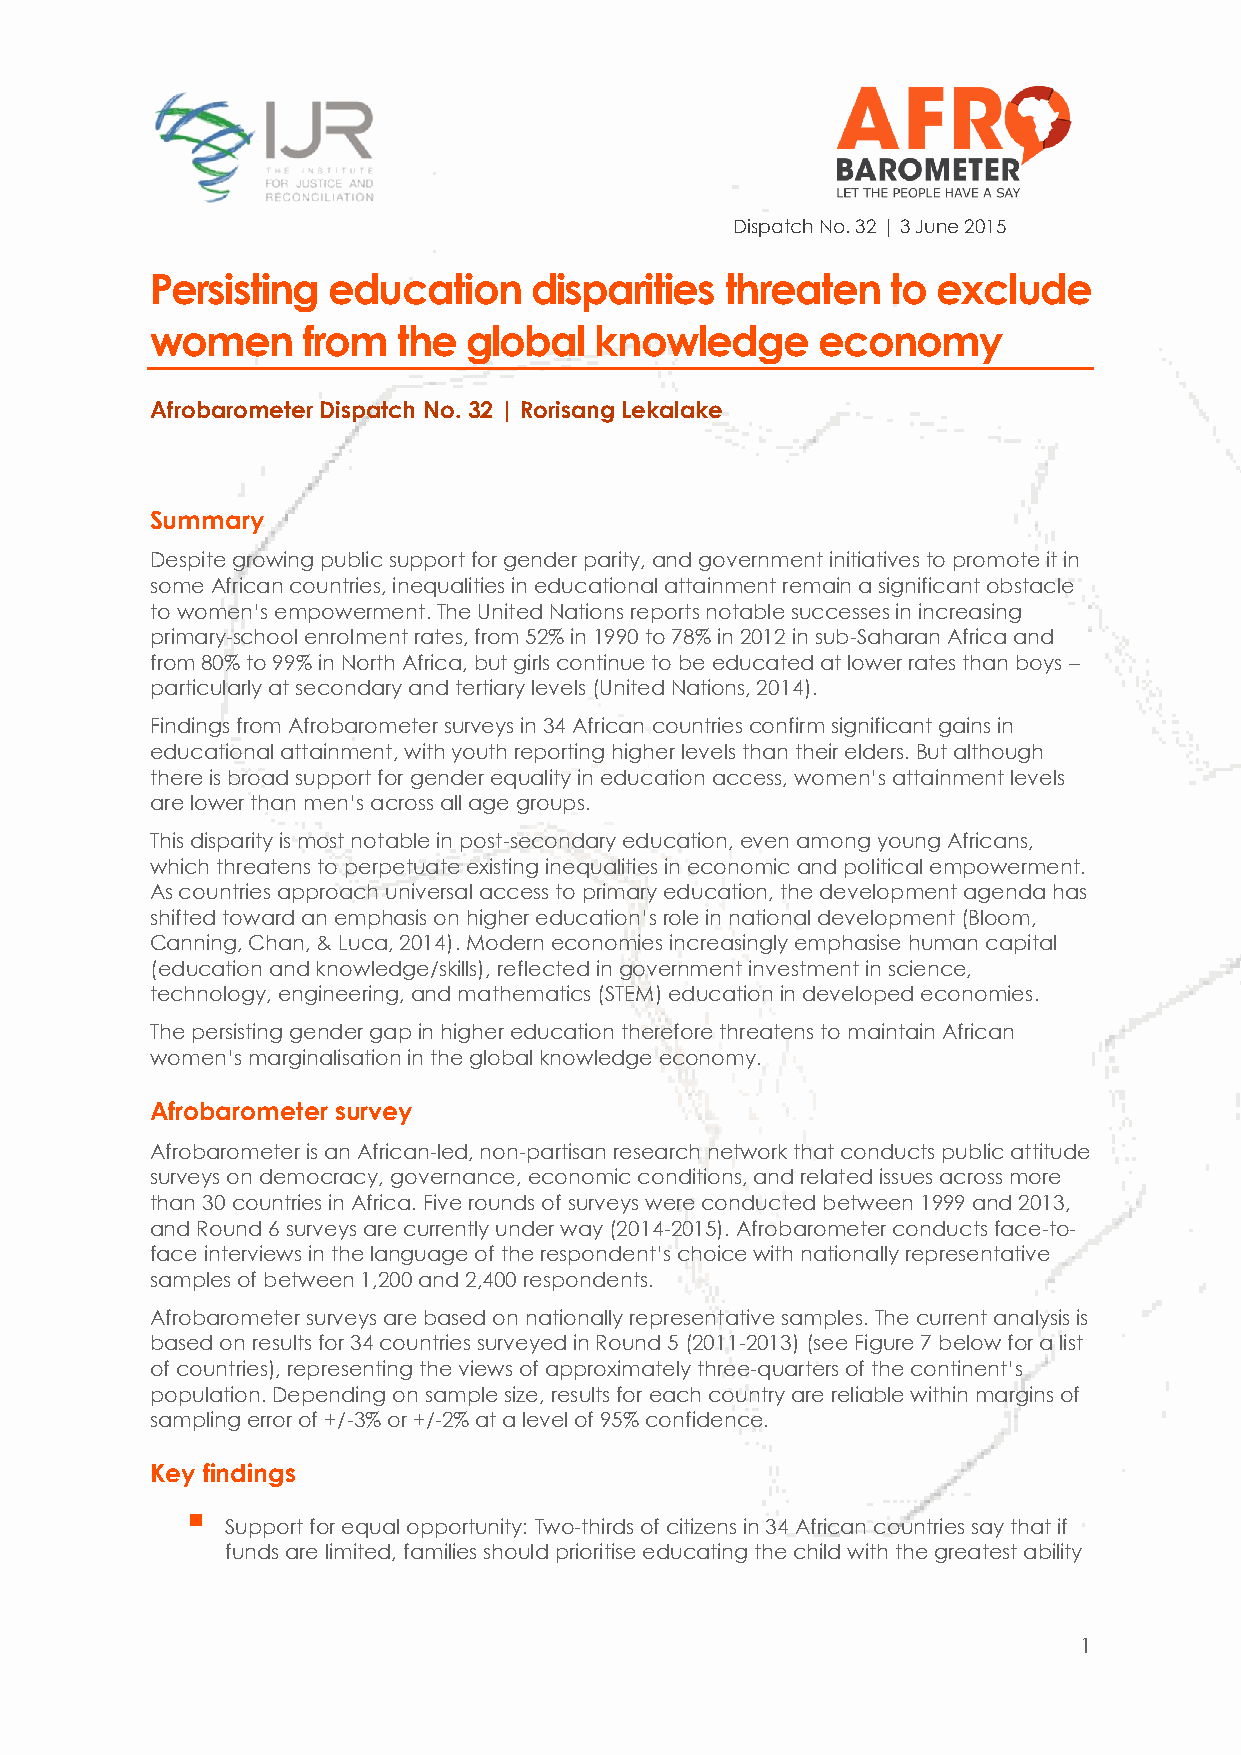
Dispatch No. 32 | 3 June 2015
 Persisting  education    disparities  threaten   to exclude
 women     from  the  global  knowledge      economy
 Afrobarometer Dispatch No. 32 | Rorisang Lekalake
 Summary
 Despite growing public support for gender parity, and government initiatives to promote it in
 some African countries, inequalities in educational attainment remain a significant obstacle
 to women’s empowerment. The United Nations reports notable successes in increasing
 primary-school enrolment rates, from 52% in 1990 to 78% in 2012 in sub-Saharan Africa and
 from 80% to 99% in North Africa, but girls continue to be educated at lower rates than boys –
 particularly at secondary and tertiary levels (United Nations, 2014).
 Findings from Afrobarometer surveys in 34 African countries confirm significant gains in
 educational attainment, with youth reporting higher levels than their elders. But although
 there is broad support for gender equality in education access, women’s attainment levels
 are lower than men’s across all age groups.
 This disparity is most notable in post-secondary education, even among young Africans,
 which threatens to perpetuate existing inequalities in economic and political empowerment.
 As countries approach universal access to primary education, the development agenda has
 shifted toward an emphasis on higher education’s role in national development (Bloom,
 Canning, Chan, & Luca, 2014). Modern economies increasingly emphasise human capital
 (education and knowledge/skills), reflected in government investment in science,
 technology, engineering, and mathematics (STEM) education in developed economies.
 The persisting gender gap in higher education therefore threatens to maintain African
 women’s marginalisation in the global knowledge economy.
 Afrobarometer survey
 Afrobarometer is an African-led, non-partisan research network that conducts public attitude
 surveys on democracy, governance, economic conditions, and related issues across more
 than 30 countries in Africa. Five rounds of surveys were conducted between 1999 and 2013,
 and Round 6 surveys are currently under way (2014-2015). Afrobarometer conducts face-to-
 face interviews in the language of the respondent’s choice with nationally representative
 samples of between 1,200 and 2,400 respondents.
 Afrobarometer surveys are based on nationally representative samples. The current analysis is
 based on results for 34 countries surveyed in Round 5 (2011-2013) (see Figure 7 below for a list
 of countries), representing the views of approximately three-quarters of the continent’s
 population. Depending on sample size, results for each country are reliable within margins of
 sampling error of +/-3% or +/-2% at a level of 95% confidence.
 Key findings
 
 Support for equal opportunity: Two-thirds of citizens in 34 African countries say that if
 funds are limited, families should prioritise educating the child with the greatest ability
 1